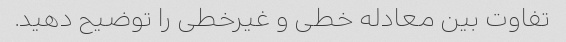
تفاوت بین معادله خطی و غیرخطی را توضیح دهید.